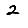
Digit: 2